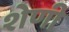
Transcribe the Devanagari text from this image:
शेणी